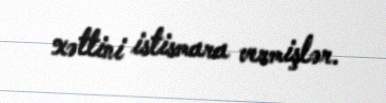
xəttini istismara vermişlər.